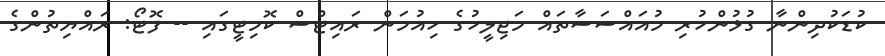
ކުޑަކުދިންނާ ގުޅުންހުރި މުއައްސަސާތައް މަޖިލީހުގެ ހިއުމަން ރައިޓްސް ކޮމިޓީގައި -- ފޮޓޯ: ރައްޔިތުންގެ